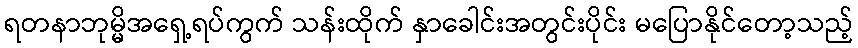
ရတနာဘုမ္မိအရှေ့ရပ်ကွက် သန်းထိုက် နှာခေါင်းအတွင်းပိုင်း မပြောနိုင်တော့သည့်